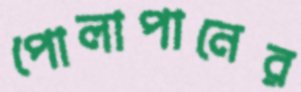
পোলাপানের